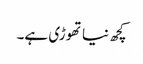
کچھ نیاتھوڑی ہے۔